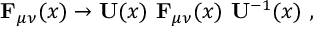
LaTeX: { \bf F } _ { \mu \nu } ( x ) \to { \bf U } ( x ) \ { \bf F } _ { \mu \nu } ( x ) \ { \bf U } ^ { - 1 } ( x ) ~ ,